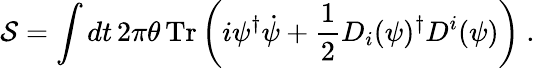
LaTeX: {\cal S}=\int dt\, 2\pi\theta\, \mathrm{Tr}\left(i\psi^{\dagger}\dot{\psi}+\frac{1}{2}D_{i}(\psi)^{\dagger}D^{i}(\psi)\right)~.